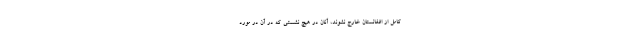
کامل از افغانستان خارج نشوند، آنان در هیچ نشستی که در آن در مورد